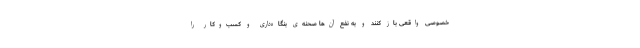
خصوصی واقعی باز کنند و به نفع آن‌ها صحنه‌ی بنگاه‌داری و کسب‌وکار را